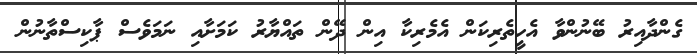
ގެންދާއިރު ބޭނުންވާ އެހީތެރިކަން އެމެރިކާ އިން ދޭން ތައްޔާރު ކަމަށާއި ނަމަވެސް ޕާކިސްތާނުން